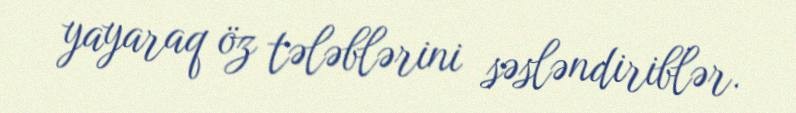
yayaraq öz tələblərini səsləndiriblər.